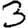
Digit: 3